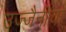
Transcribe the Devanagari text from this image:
उज्जैनीचा